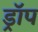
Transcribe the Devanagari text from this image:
ड्राॅप